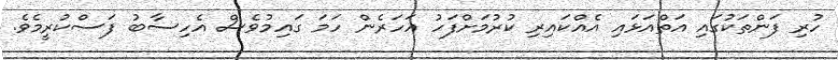
ހުރި ފަންތަކުގައި އަތްއަޅައި އެއްކައިރި ކުރުމަށްފަހު އަހަރެން ހަމަ ގައިމުވެސް އެހިސާބު ފަސްކުރީމެވެ.